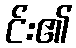
င်း၏